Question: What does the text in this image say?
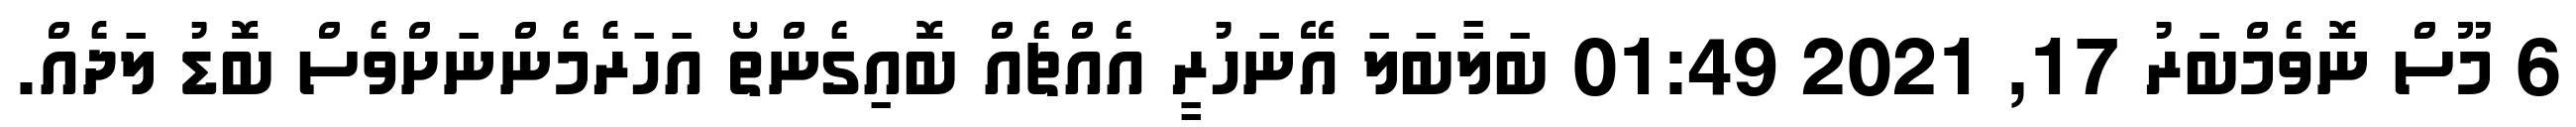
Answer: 6 މޫސް ނޮވެމްބަރު 17, 2021 01:49 ބަލާބަލަ އޭނަހުރީ އެއްޗެއް ބޮއިގެންތޯ އަހަރެމެންނަށްވެސް ބޮޑު ލަދެއް.